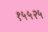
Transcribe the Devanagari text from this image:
१५५२५